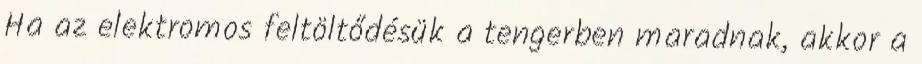
Ha az elektromos feltöltődésük a tengerben maradnak, akkor a